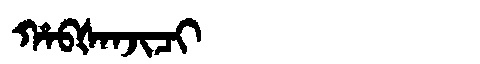
Manchu: ᡥᠠᠪᡧᠠᠨᠵᡳᠴᡳ
Romanization: HABŠANJICI